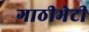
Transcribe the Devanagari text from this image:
गाठीभेटी